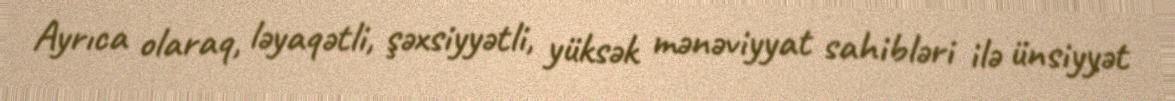
Ayrıca olaraq, ləyaqətli, şəxsiyyətli, yüksək mənəviyyat sahibləri ilə ünsiyyət